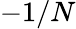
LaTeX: -1/N